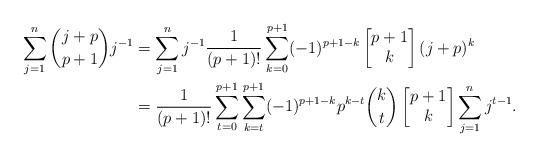
\begin{align*}\sum_{j=1}^{n} \binom{j+p}{p+1} j^{-1} & = \sum_{j=1}^{n} j^{-1} \frac{1}{(p+1)!}\sum_{k=0}^{p+1} (-1)^{p+1-k} \begin{bmatrix} p+1 \\ k \end{bmatrix} (j+p)^{k} \\& = \frac{1}{(p+1)!} \sum_{t=0}^{p+1}\sum_{k=t}^{p+1} (-1)^{p+1-k} p^{k-t} \binom{k}{t}\begin{bmatrix} p+1 \\ k \end{bmatrix} \sum_{j=1}^{n} j^{t-1}.\end{align*}